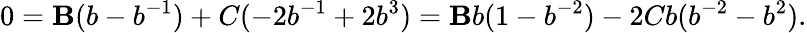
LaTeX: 0=\mathbf{B}(b-b^{-1})+C(-2b^{-1}+2b^{3})=\mathbf{B}b(1-b^{-2})-2Cb(b^{-2}-b^{2}).